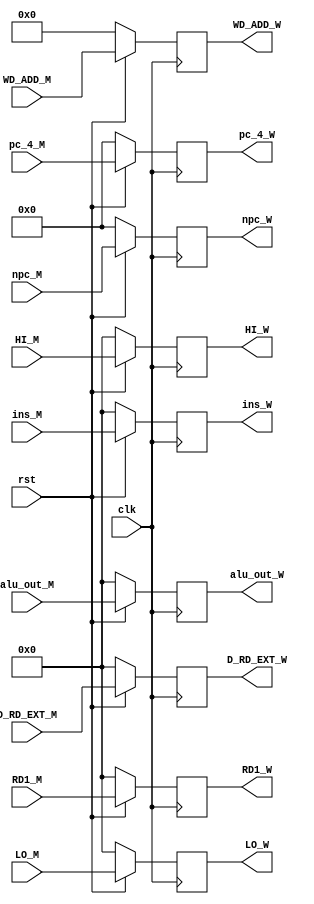
module reg_W ( D_RD_EXT_M , alu_out_M , pc_4_M , WD_ADD_M , HI_M , LO_M , ins_M , npc_M , RD1_M ,
				D_RD_EXT_W , alu_out_W , pc_4_W , WD_ADD_W , HI_W , LO_W , ins_W , npc_W , RD1_W , 
				clk , rst ) ;
	input		[31:0]		D_RD_EXT_M ;
	input		[31:2]		pc_4_M ;
	input		[31:0]		alu_out_M ;
	input		[4:0]		WD_ADD_M ;
	input		[31:0]		HI_M ;
	input		[31:0]		LO_M ;
	input		[31:0]		ins_M ;
	input					clk ;
	input					rst ;
	input		[31:2]		npc_M ;
	input		[31:0]		RD1_M ;
	output		[31:0]		D_RD_EXT_W ;
	output		[31:2]		pc_4_W ;
	output		[31:0]		alu_out_W ;
	output		[4:0]		WD_ADD_W ;
	output		[31:0]		HI_W ;
	output		[31:0]		LO_W ;
	output		[31:0]		ins_W ;
	output		[31:2]		npc_W ;
	output		[31:0]		RD1_W ;
	
	reg			[31:0]		D_RD ;
	reg			[31:2]		pc_4 ;
	reg			[31:0]		alu_out ;
	reg			[4:0]		WD_ADD ;
	reg			[31:0]		LO ;
	reg			[31:0]		HI ;
	reg			[31:0]		ins ;
	reg			[31:2]		npc ;
	reg			[31:0]		RD1 ;
	
	assign D_RD_EXT_W = D_RD ;
	assign pc_4_W = pc_4 ;
	assign alu_out_W = alu_out ;
	assign WD_ADD_W = WD_ADD ;
	assign HI_W = HI ;
	assign LO_W = LO ;
	assign ins_W = ins ;
	assign npc_W = npc ;
	assign RD1_W = RD1 ;
	
	always @ ( posedge clk )
	begin
		if( rst == 0 )
		begin
			D_RD = 0 ;
			pc_4 = 0 ;
			alu_out = 0 ;
			WD_ADD = 0 ;
			HI = 0 ;
			LO = 0 ;
			ins = 0 ;
			npc = 0 ;
			RD1 = 0 ;
		end
		else
		begin
			D_RD = D_RD_EXT_M ;
			pc_4 = pc_4_M ;
			alu_out = alu_out_M ;
			WD_ADD = WD_ADD_M ;
			HI = HI_M ;
			LO = LO_M ;
			ins = ins_M ;
			npc = npc_M ;
			RD1 = RD1_M ;
		end
	end
	
endmodule